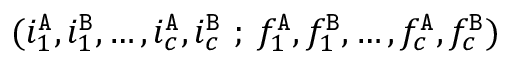
( i _ { 1 } ^ { \tt A } , i _ { 1 } ^ { \tt B } , \ldots , i _ { c } ^ { \tt A } , i _ { c } ^ { \tt B } \ ; \: f _ { 1 } ^ { \tt A } , f _ { 1 } ^ { \tt B } , \ldots , f _ { c } ^ { \tt A } , f _ { c } ^ { \tt B } )